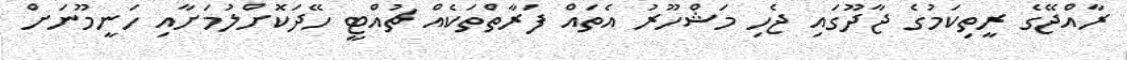
ރާއްޖޭގެ ރީތިކަމުގެ ޖާދޫގައި ޖެހި މަޝްހޫރު އެތައް ފަރާތްތަކެއް ޗުއްޓީ ހޭދަކޮށްލުމަށާއި ހަނީމޫނަށް